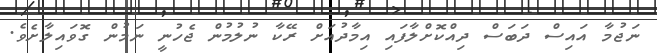
ނަޖުމާ އައިސް ދަބަސް ދިއްކޮށްލާފައި އިމާދުއަށް ރޭކާ ނުލުމުން ޖެހުނީ ނަމުން ގޮވައިލާށެވެ.